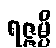
ရဇ္ဇမ္ပိ